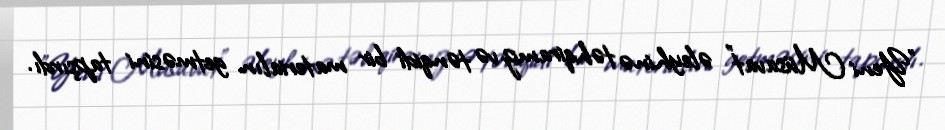
”Yeni Müsavat" əleyhinə təhqiramiz və tənqidi bir materialın getməsini tapşırdı.